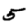
Digit: 5